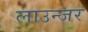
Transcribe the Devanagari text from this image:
लाउन्जर